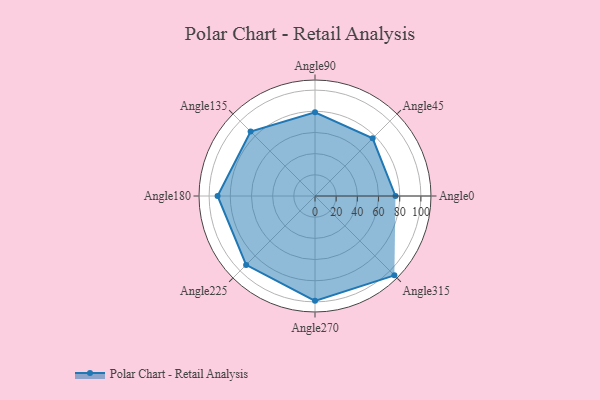
{"axis": {"x": "Angle", "y": "Radius"}, "legend": [""], "data": [{"x": "Angle0", "y": 76.0, "type": ""}, {"x": "Angle45", "y": 77.0, "type": ""}, {"x": "Angle90", "y": 79.0, "type": ""}, {"x": "Angle135", "y": 86.0, "type": ""}, {"x": "Angle180", "y": 92.0, "type": ""}, {"x": "Angle225", "y": 92.0, "type": ""}, {"x": "Angle270", "y": 99.0, "type": ""}, {"x": "Angle315", "y": 106.0, "type": ""}]}